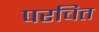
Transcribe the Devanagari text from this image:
परचित